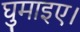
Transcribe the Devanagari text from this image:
घुमाइए।